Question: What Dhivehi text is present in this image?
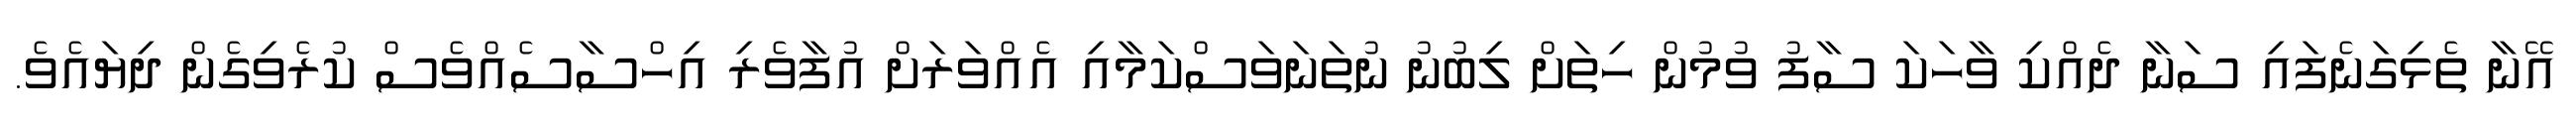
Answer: އޭނާ ތެޅިގަނެފައި ސަނާ ދެއްކި ވާހަކަ ސާފު ވުމުން ހިތަށް ލިބުނު ނުތަނަވަސްކަމާއި އެއްވަރަށް އުފާވެރި އިހްސާސެއްވެސް ކުރެވިގެން ދިޔައެވެ.